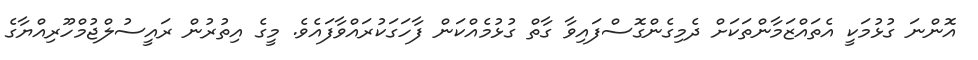
އޮންނަ ގުޅުމަކީ އެތައްޒަމާންތަކަށް ދެމިގެންގޮސްފައިވާ ގާތް ގުޅުމެއްކަން ފާހަގަކުރައްވާފައެވެ. މީގެ އިތުރުން ރައީސުލްޖުމްހޫރިއްޔާގެ